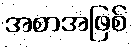
အစာအဖြစ်